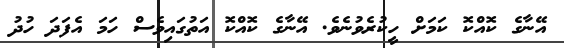
އޭނާގެ ކޮއްކޮ ކަމަށް ހީކުރެވުނެވެ. އޭނާގެ ކޮއްކޮ އަތުގައިވެސް ހަމަ އެފަދަ ހުދު